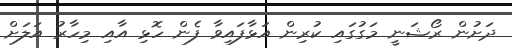
ދަށުން ރޯޝަނީ މަގުގައި ކުރިން އަޅާފައިވާ ފެން ހޮޅި އާއި މިހާރު އަލަށް